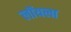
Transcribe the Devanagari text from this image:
लॉयला